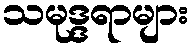
သမုဒ္ဒရာများ